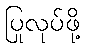
ပြုလုပ်ဖို့